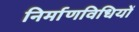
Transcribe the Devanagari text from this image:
निर्माणविधियों